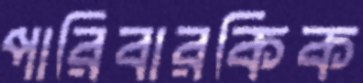
পারিবারকিক